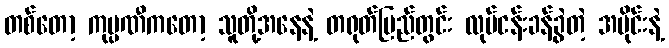
တစ်တော့ ကုမ္ပဏီကတော့ သူတို့အနေနဲ့ တရုတ်ပြည်တွင်း လုပ်ငန်းခန့်ခွဲတဲ့ အပိုင်းနဲ့